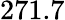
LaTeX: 271.7